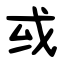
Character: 㦯